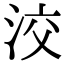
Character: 洨